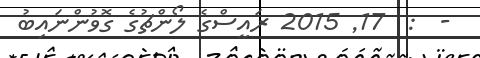
-  :  17